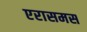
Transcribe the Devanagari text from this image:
एरासमस